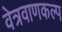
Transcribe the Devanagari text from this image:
वेत्रवाणकल्प